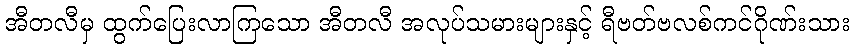
အီတလီမှ ထွက်ပြေးလာကြသော အီတလီ အလုပ်သမားများနှင့် ရီဗတ်ဗလစ်ကင်ဂိုဏ်းသား